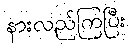
နားလည်ကြပြီး